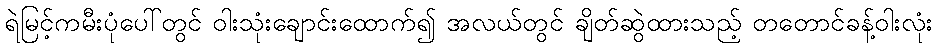
ရဲမြင့်ကမီးပုံပေါ်တွင် ဝါးသုံးချောင်းထောက်၍ အလယ်တွင် ချိတ်ဆွဲထားသည့် တတောင်ခန့်ဝါးလုံး